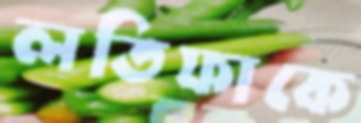
লতিফাকে